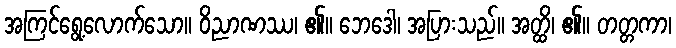
အကြင်ရွေ့လောက်သော။ ဝိညာဏဿ၊ ၏။ ဘေဒေါ၊ အပြားသည်။ အတ္ထိ၊ ၏။ တတ္တကာ၊